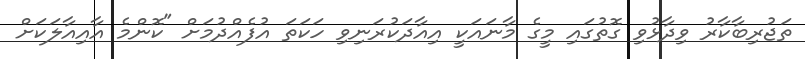
ތަޖުރިބާކާރު ވިދާޅުވި ގޮތުގައި މީގެ މާނައަކީ އިއާދަކުރަނިވި ހަކަތަ އުފެއްދުމަށް "ކޮންމެ އާއިއާލަކަށް